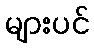
များပင်